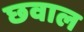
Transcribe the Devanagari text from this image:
छवाल